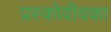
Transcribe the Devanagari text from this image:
प्रस्कोवीवका